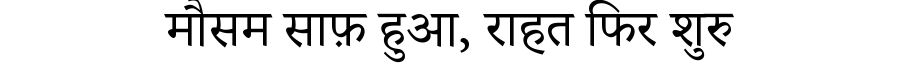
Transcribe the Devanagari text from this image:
मौसम साफ़ हुआ, राहत फिर शुरु